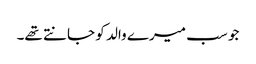
جو سب میرے والد کو جانتے تھے۔